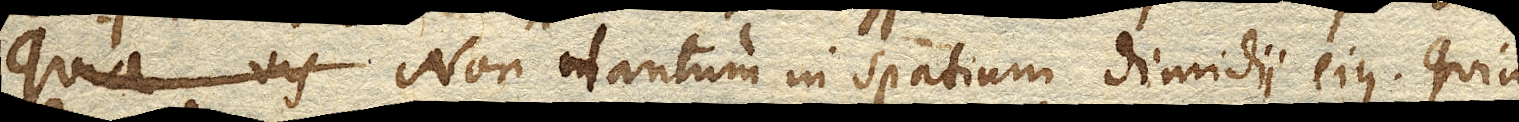
Qa vis Non tantum in spatium dimidii ejus. Quia